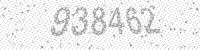
Solution: 938462